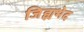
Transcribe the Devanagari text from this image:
जिह्यभेद